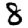
Digit: 8